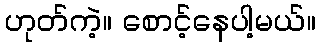
ဟုတ်ကဲ့။ စောင့်နေပါ့မယ်။